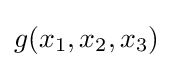
g(x_{1},x_{2},x_{3})